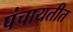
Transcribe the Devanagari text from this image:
पंचायतीत